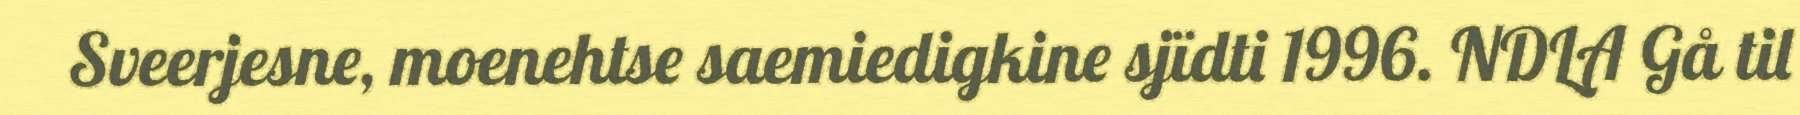
Sveerjesne, moenehtse saemiedigkine sjïdti 1996. NDLA Gå til